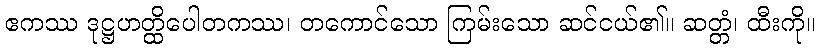
ဧကဿ ဒုဋ္ဌဟတ္ထိပေါတကဿ၊ တကောင်သော ကြမ်းသော ဆင်ငယ်၏။ ဆတ္တံ၊ ထီးကို။